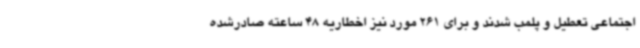
اجتماعی تعطیل و پلمب شدند و برای 261 مورد نیز اخطاریه 48 ساعته صادرشده